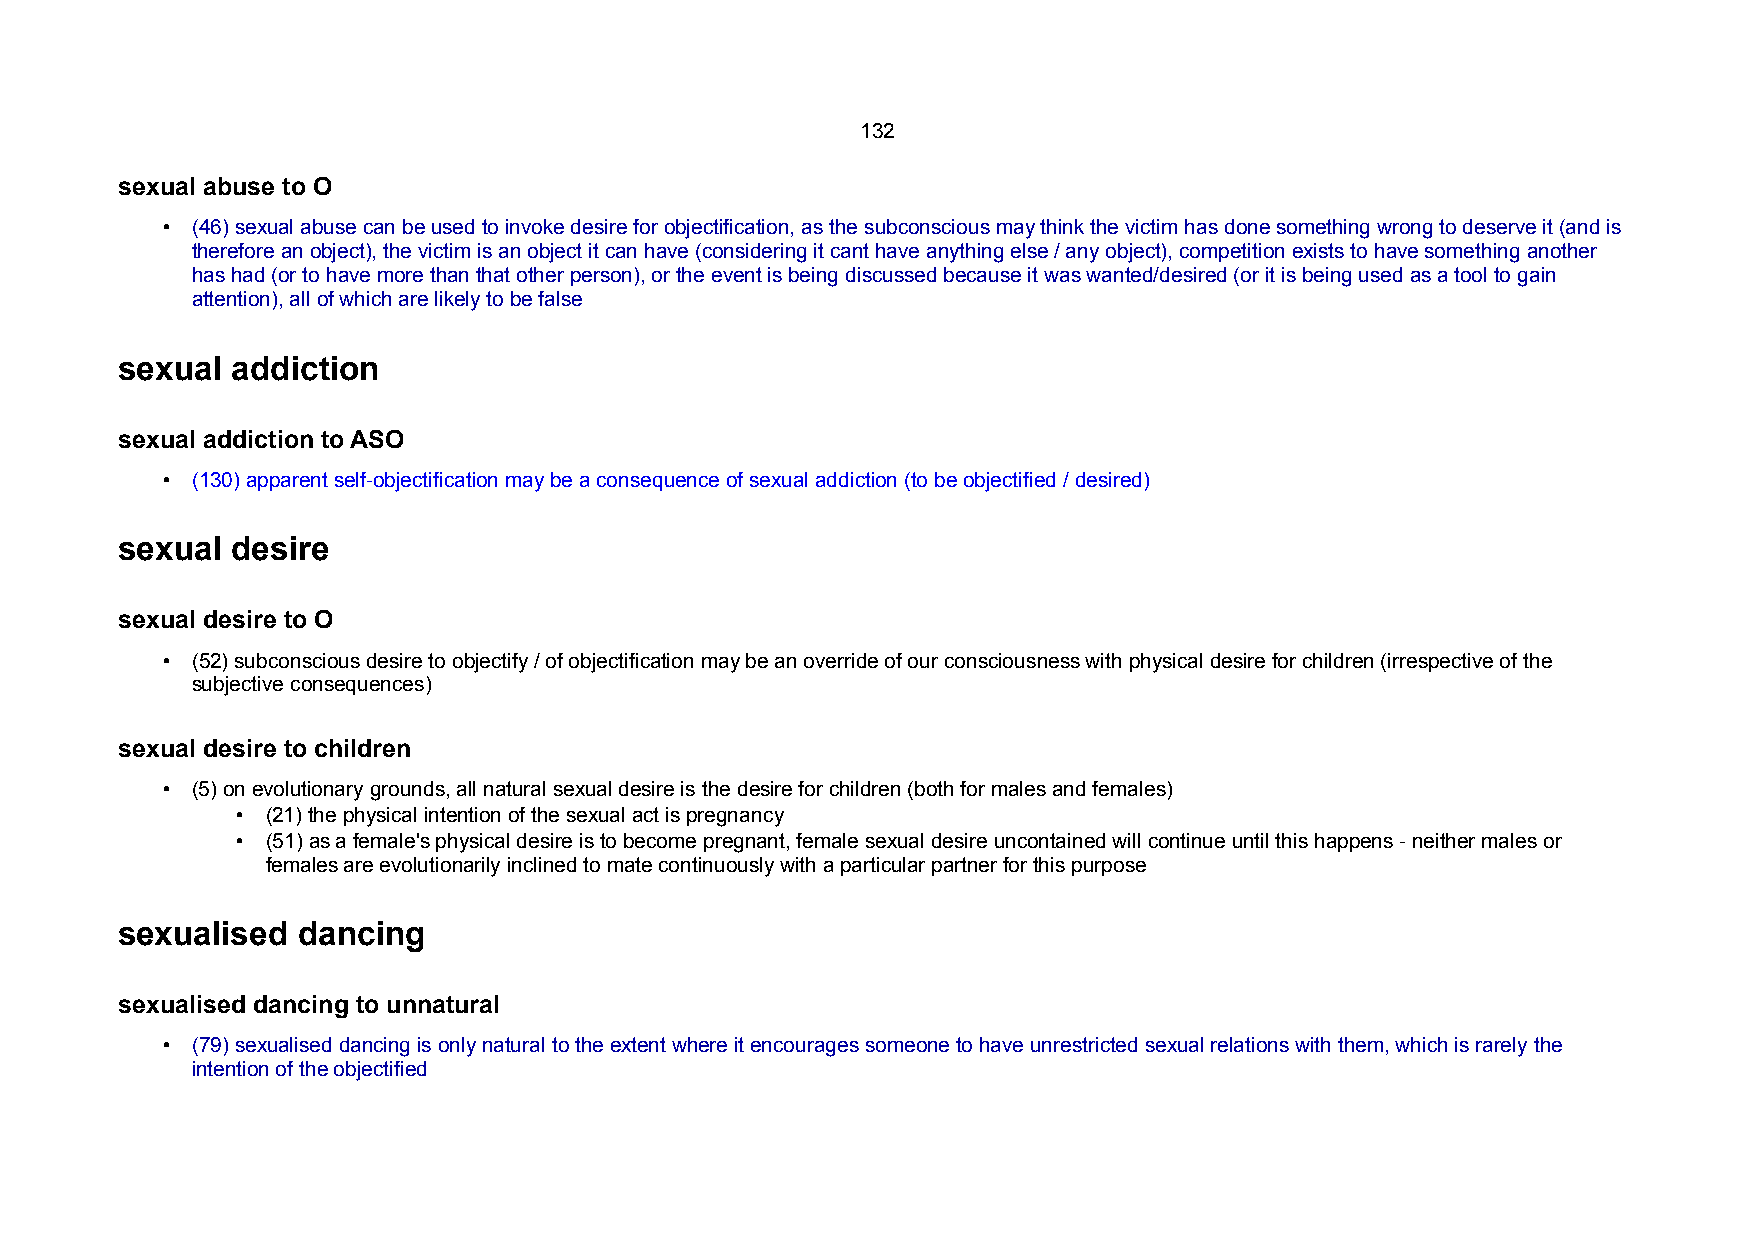
132
 sexual abuse to O
 • (46) sexual abuse can be used to invoke desire for objectification, as the subconscious may think the victim has done something wrong to deserve it (and is
 therefore an object), the victim is an object it can have (considering it cant have anything else / any object), competition exists to have something another
 has had (or to have more than that other person), or the event is being discussed because it was wanted/desired (or it is being used as a tool to gain
 attention), all of which are likely to be false
 sexual addiction
 sexual addiction to ASO
 • (130) apparent self-objectification may be a consequence of sexual addiction (to be objectified / desired)
 sexual desire
 sexual desire to O
 • (52) subconscious desire to objectify / of objectification may be an override of our consciousness with physical desire for children (irrespective of the
 subjective consequences)
 sexual desire to children
 • (5) on evolutionary grounds, all natural sexual desire is the desire for children (both for males and females)
 • (21) the physical intention of the sexual act is pregnancy
 • (51) as a female's physical desire is to become pregnant, female sexual desire uncontained will continue until this happens - neither males or
 females are evolutionarily inclined to mate continuously with a particular partner for this purpose
 sexualised  dancing
 sexualised dancing to unnatural
 • (79) sexualised dancing is only natural to the extent where it encourages someone to have unrestricted sexual relations with them, which is rarely the
 intention of the objectified